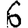
Digit: 6